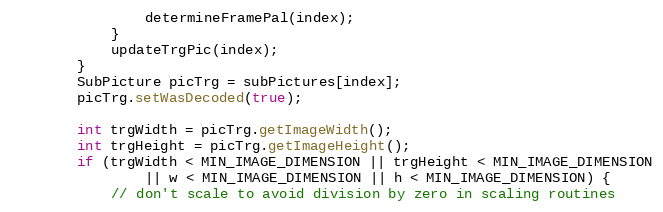
Language: Java
				determineFramePal(index);
			}
			updateTrgPic(index);
		}
		SubPicture picTrg = subPictures[index];
		picTrg.setWasDecoded(true);

		int trgWidth = picTrg.getImageWidth();
		int trgHeight = picTrg.getImageHeight();
		if (trgWidth < MIN_IMAGE_DIMENSION || trgHeight < MIN_IMAGE_DIMENSION
				|| w < MIN_IMAGE_DIMENSION || h < MIN_IMAGE_DIMENSION) {
			// don't scale to avoid division by zero in scaling routines